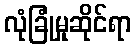
လုံခြုံမှုဆိုင်ရာ